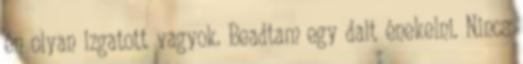
én olyan izgatott vagyok. Beadtam egy dalt énekelni. Nincs